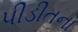
પીડીતના